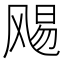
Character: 𮸻